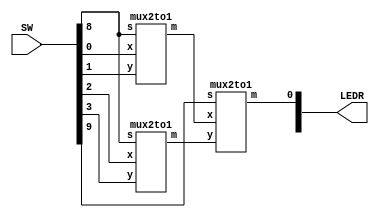
//A mux4to1 made from mux2to1s

//inputs
//SW[7:0]:		data inputs
//SW[9:7]:	 	select signal

//LEDR[0]:		output signal

module mux4to1(LEDR, SW);
    input [9:0] SW;
    output [9:0] LEDR;
	 
	 wire u_v_mux2to1;
	 wire w_x_mux2to1;
	 

    mux2to1 u0(
        .x(SW[0]),
        .y(SW[1]),
        .s(SW[8]),
        .m(u_v_mux2to1)
        );
		  
	mux2to1 u1(
        .x(SW[2]),
        .y(SW[3]),
        .s(SW[8]),
        .m(w_x_mux2to1)
        );
		  
	mux2to1 u2(
        .x(u_v_mux2to1),
        .y(w_x_mux2to1),
        .s(SW[9]),
        .m(LEDR[0])
        );
endmodule

module mux2to1(x, y, s, m);
    input x; //selected when s is 0
    input y; //selected when s is 1
    input s; //select signal
    output m; //output
  
    assign m = s & y | ~s & x;
    // OR
    // assign m = s ? y : x;

endmodule